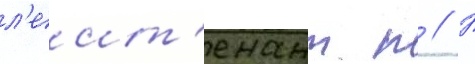
л'еит'енант п // П